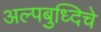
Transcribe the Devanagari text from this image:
अल्पबुध्दिचे